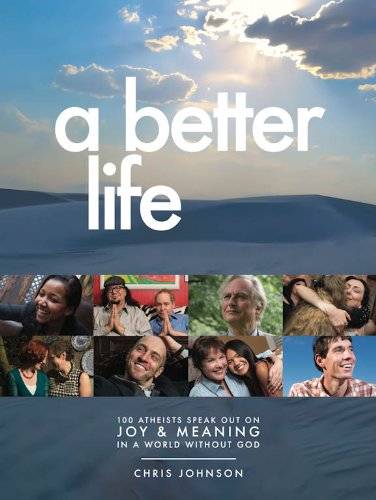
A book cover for A Better Life: 100 Atheists Speak Out on Joy & Meaning in a World Without God; Chris Johnson; Religion & Spirituality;